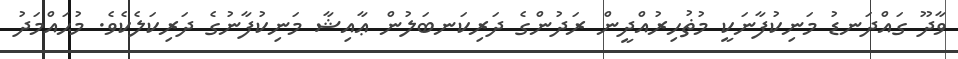
ވާދޫ ގައްދަނޑު މަނިކުފާނަކީ މުޡުހިރުއްދީން ރަދުންގެ ދަރިކަނބަލުން ޢާއިޝާ މަނިކުފާނުގެ ދަރިކަލެކެވެ. މުޙައްމަދު